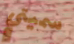
سميتي